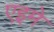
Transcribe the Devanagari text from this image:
एइमे